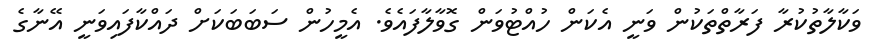
ވަކާލާތުކުރާ ފަރާތްތަކުން ވަނީ އެކަން ހުއްޓުވަން ގޮވާލާފައެވެ. އެމީހުން ސަބަބަކަށް ދައްކާފައިވަނީ އޭނާގެ